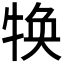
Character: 𤚙